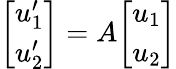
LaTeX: {\left[\begin{array}{l}{u_{1}^{\prime}}\\ {u_{2}^{\prime}}\end{array}\right]}=A{\left[\begin{array}{l}{u_{1}}\\ {u_{2}}\end{array}\right]}